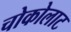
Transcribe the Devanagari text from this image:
चोकोलाट